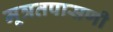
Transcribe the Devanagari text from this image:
मूत्रतपासणी